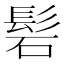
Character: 𮫁